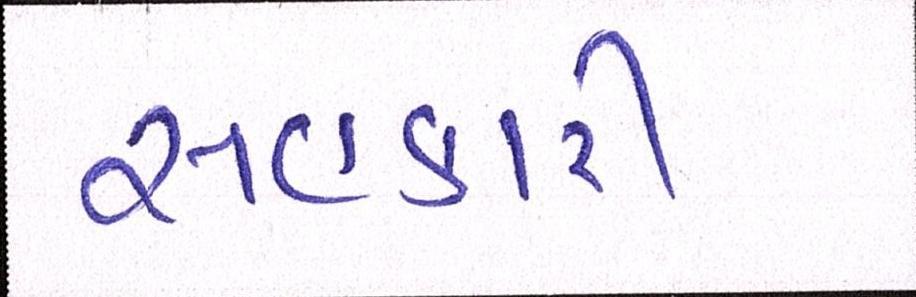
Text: સહકારી